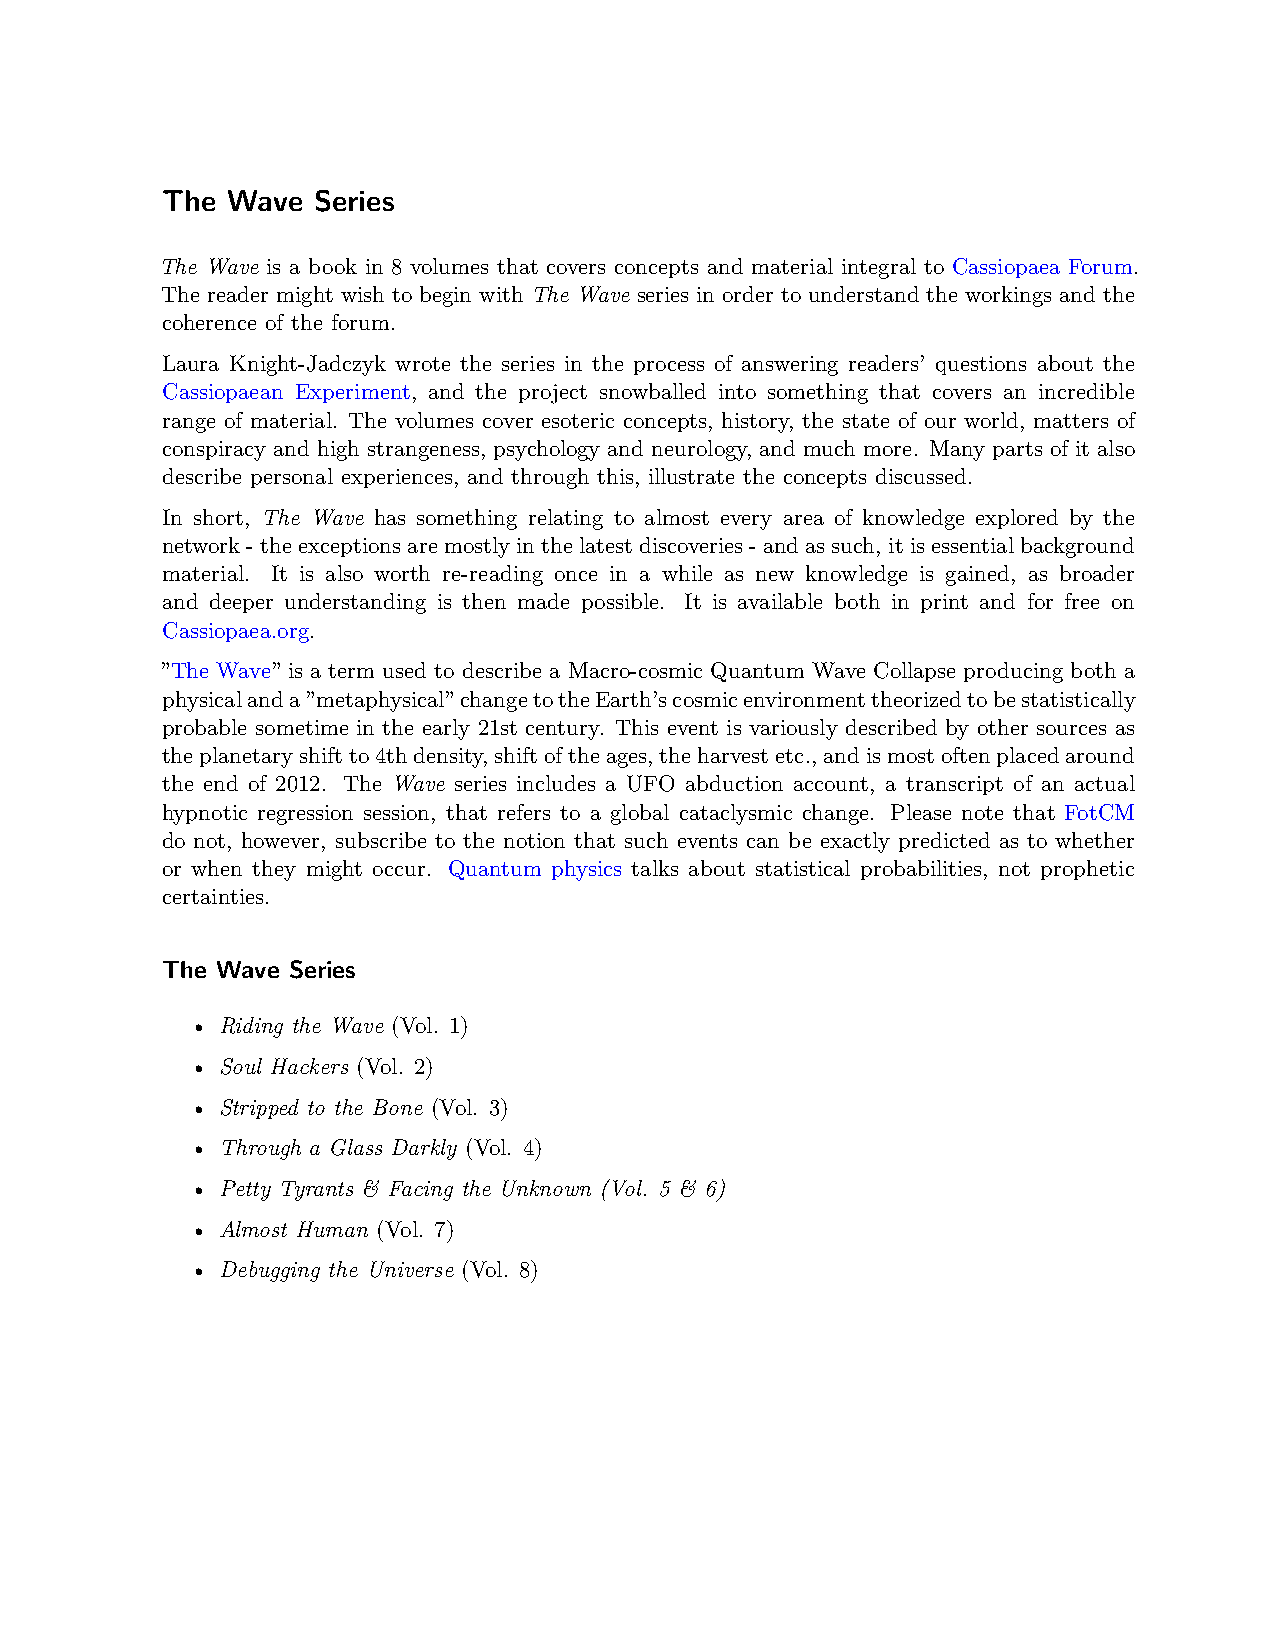
The Wave  Series
 The Wave is a book in 8 volumes that covers concepts and material integral to Cassiopaea Forum.
 The reader might wish to begin with The Wave series in order to understand the workings and the
 coherence of the forum.
 Laura Knight-Jadczyk wrote the series in the process of answering readers’ questions about the
 Cassiopaean Experiment, and the project snowballed into something that covers an incredible
 range of material. The volumes cover esoteric concepts, history, the state of our world, matters of
 conspiracy and high strangeness, psychology and neurology, and much more. Many parts of it also
 describe personal experiences, and through this, illustrate the concepts discussed.
 In short, The Wave has something relating to almost every area of knowledge explored by the
 network-theexceptionsaremostlyinthelatestdiscoveries-andassuch, itisessentialbackground
 material. It is also worth re-reading once in a while as new knowledge is gained, as broader
 and deeper understanding is then made possible. It is available both in print and for free on
 Cassiopaea.org.
 ”The Wave” is a term used to describe a Macro-cosmic Quantum Wave Collapse producing both a
 physicalanda”metaphysical”changetotheEarth’scosmicenvironmenttheorizedtobestatistically
 probable sometime in the early 21st century. This event is variously described by other sources as
 theplanetaryshiftto4thdensity,shiftoftheages,theharvestetc.,andismostoftenplacedaround
 the end of 2012. The Wave series includes a UFO abduction account, a transcript of an actual
 hypnotic regression session, that refers to a global cataclysmic change. Please note that FotCM
 do not, however, subscribe to the notion that such events can be exactly predicted as to whether
 or when they might occur. Quantum physics talks about statistical probabilities, not prophetic
 certainties.
 The Wave Series
 • Riding the Wave (Vol. 1)
 • Soul Hackers (Vol. 2)
 • Stripped to the Bone (Vol. 3)
 • Through a Glass Darkly (Vol. 4)
 • Petty Tyrants & Facing the Unknown (Vol. 5 & 6)
 • Almost Human (Vol. 7)
 • Debugging the Universe (Vol. 8)